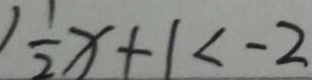
\frac { 1 } { 2 } x + 1 < - 2